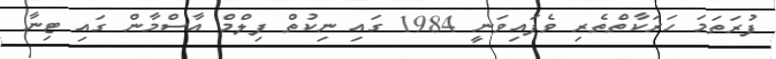
ފުރަތަމަ ހަރަކާތްތެރި ވެފައިވަނީ 1984 ގައި ނިކުތް ފިލްމް އާސްމާން ގައި ޓިނާ